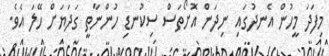
މިފަދަ މީހުން އެނދުގައި ނިދަން އޮށޯތަސް ސިކުނޑި ހުންނާތީ ގަދަޔަށް ހޭލަ އެވެ.